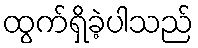
ထွက်ရှိခဲ့ပါသည်